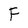
Character: F